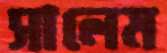
সালেম